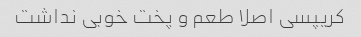
کریپسی اصلا طعم و پخت خوبی نداشت